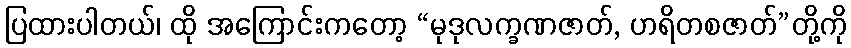
ပြထားပါတယ်၊ ထို အကြောင်းကတော့ “မုဒုလက္ခဏဇာတ်, ဟရိတစဇာတ်”တို့ကို